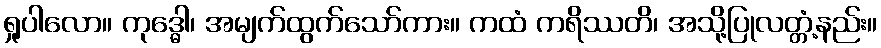
ရှုပါလော။ ကုဒ္ဓေါ၊ အမျက်ထွက်သော်ကား။ ကထံ ကရိဿတိ၊ အသို့ပြုလတ္တံ့နည်း။